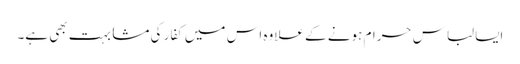
ایسا لباس حرام ہونے کے علاوہ اس میں کفار کی مشابہت بھی ہے۔